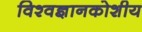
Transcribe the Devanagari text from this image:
विश्वज्ञानकोशीय